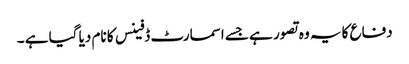
دفاع کا یہ وہ تصور ہے جسے اسمارٹ ڈفینس کا نام دیا گیا ہے ۔